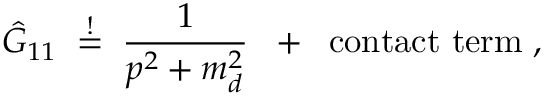
\hat { G } _ { 1 1 } \; \stackrel { ! } { = } \; \frac { 1 } { p ^ { 2 } + m _ { d } ^ { 2 } } \; \; + \; \; \mathrm { c o n t a c t ~ t e r m } \; ,